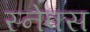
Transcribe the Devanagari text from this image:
स्नेक्स